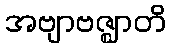
အဗျာဗဇ္ဈာတိ